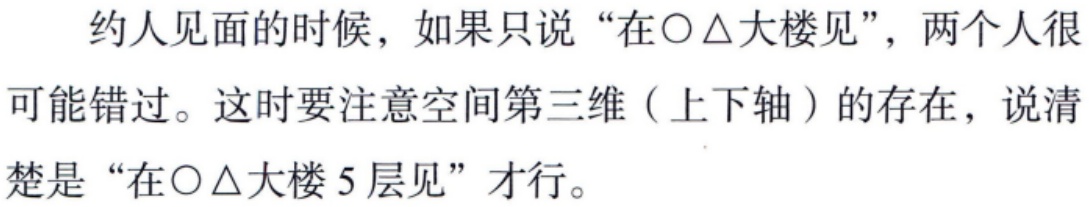
约人见面的时候，如果只说“在\(〇\triangle\)大楼见”，两个人很可能错过。这时要注意空间第三维（上下轴）的存在，说清楚是“在\(〇\triangle\)大楼5层见”才行。